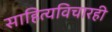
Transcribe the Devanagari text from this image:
साहित्यविचारही